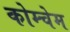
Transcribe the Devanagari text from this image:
कोम्चेम